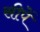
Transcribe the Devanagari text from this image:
सीपें